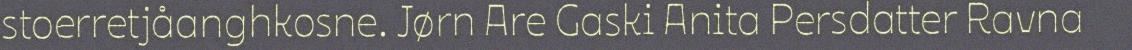
stoerretjåanghkosne. Jørn Are Gaski Anita Persdatter Ravna